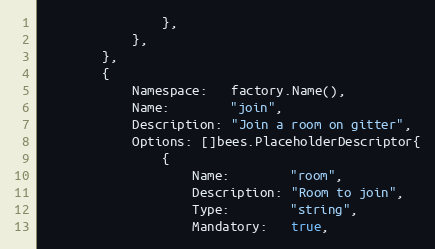
Language: Go
				},
			},
		},
		{
			Namespace:   factory.Name(),
			Name:        "join",
			Description: "Join a room on gitter",
			Options: []bees.PlaceholderDescriptor{
				{
					Name:        "room",
					Description: "Room to join",
					Type:        "string",
					Mandatory:   true,